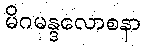
မိဂမန္ဒလောစနာ